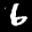
Label: 6